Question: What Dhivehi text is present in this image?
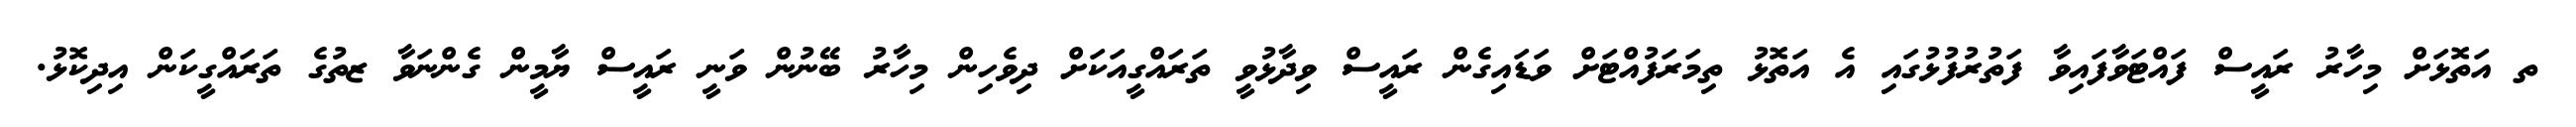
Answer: ތ އަތޮޅަށް މިހާރު ރައީސް ފައްޓަވާފައިވާ ފަތުރުފުޅުގައި އެ އަތޮޅު ތިމަރަފުއްޓަށް ވަޑައިގެން ރައީސް ވިދާޅުވީ ތަރައްގީއަކަށް ދިވެހިން މިހާރު ބޭނުން ވަނީ ރައީސް ޔާމީން ގެންނަވާ ޒތުގެ ތަރައްގީކަން އިދިކޮޅު.